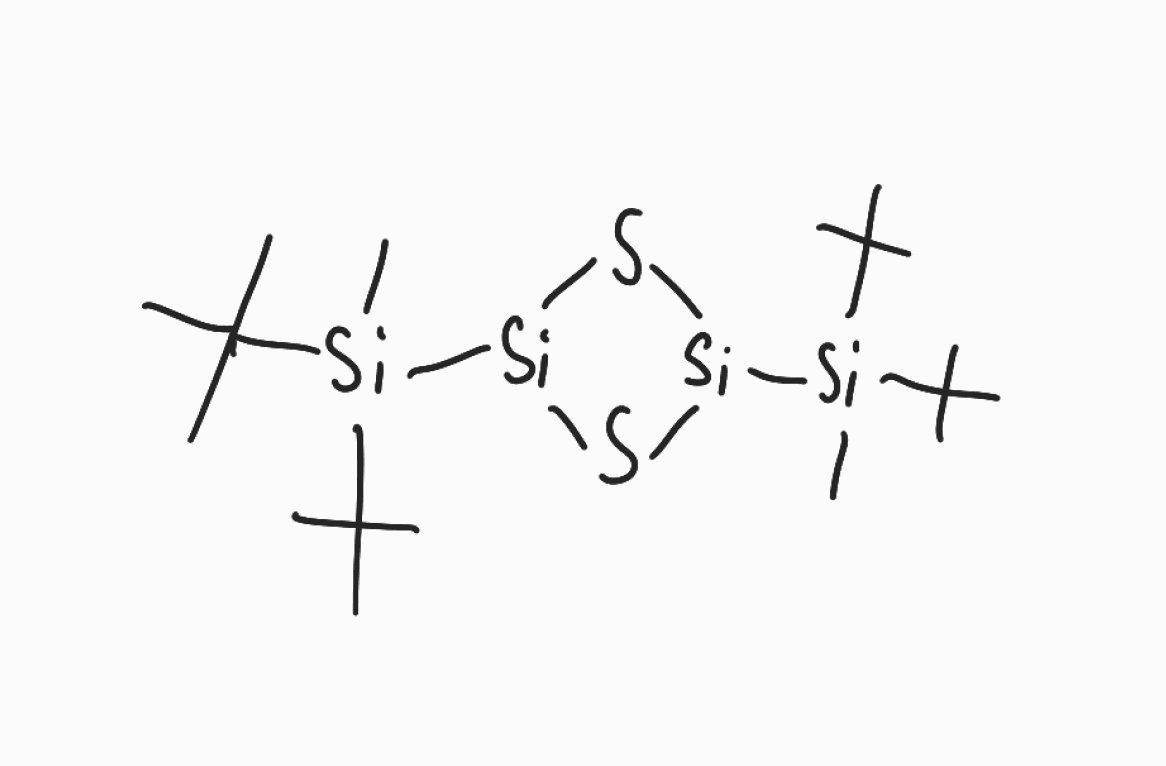
Simplified molecular-input line-entry system (SMILES) notation of the given molecule:
CC(C)(C)[Si](C)(C(C)(C)C)[Si]1S[Si](S1)[Si](C)(C(C)(C)C)C(C)(C)C